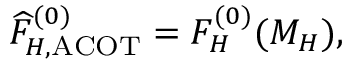
\widehat F _ { H , \mathrm { A C O T } } ^ { ( 0 ) } = F _ { H } ^ { ( 0 ) } ( M _ { H } ) ,